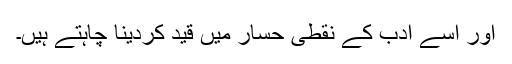
اور اسے ادب کے نقطی حسار میں قید کردینا چاہتے ہیں۔